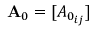
{ \bf A } _ { 0 } = [ A _ { 0 _ { i j } } ]